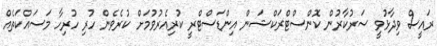
ރައީސް ވިދާޅުވީ ސަރުކާރުން ކޮންސްޓްރަކްޝަން އިންޑަސްޓްރީ ކުރިއެރުވުމަށް ކުރެވެން ހުރި ހުރިހާ މަސައްކަތެއް